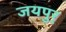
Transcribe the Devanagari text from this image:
जयपुर्